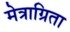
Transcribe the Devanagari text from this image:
मेत्राग्रिता